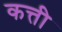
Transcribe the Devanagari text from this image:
कत्ती